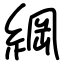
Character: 綱